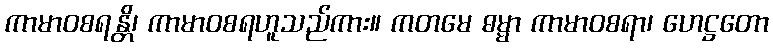
ကာမာဝစရန္တိ၊ ကာမာဝစရဟူသည်ကား။ ကတမေ ဓမ္မာ ကာမာဝစရာ၊ ဟေဋ္ဌတော